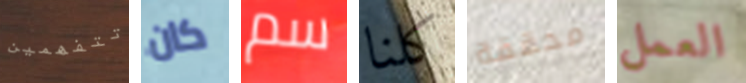
تتفهمين كان سم كلنا محققة العمل